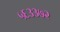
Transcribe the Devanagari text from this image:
५६३३७२